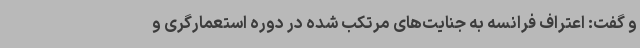
و گفت: اعتراف فرانسه به جنایت‌های مرتکب شده در دوره استعمارگری و